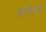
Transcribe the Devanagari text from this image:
कोजिकोडे